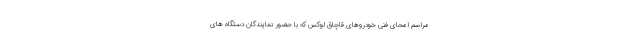
مراسم امحای فنی خودروهای قاچاق لوکس که با حضور نمایندگان دستگاه های